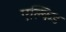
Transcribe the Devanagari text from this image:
एल्किड